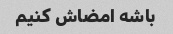
باشه امضاش کنیم